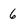
Character: 6